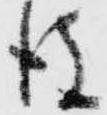
後